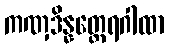
ကဏှဒိန္နတ္ထေရဂါထာ